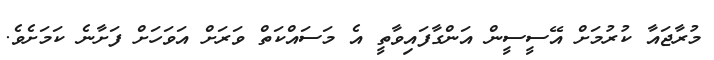
މުރާޖައާ ކުރުމަށް އޭސީސީން އަންގާފައިވާތީ އެ މަސައްކަތް ވަރަށް އަވަހަށް ފަށާނެ ކަމަށެވެ.